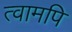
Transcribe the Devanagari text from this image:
त्वामपि